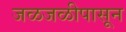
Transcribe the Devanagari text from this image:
जळजळीपासून